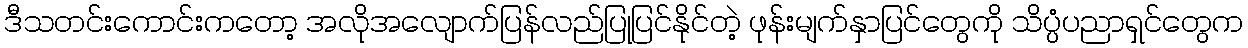
ဒီသတင်းကောင်းကတော့ အလိုအလျောက်ပြန်လည်ပြုပြင်နိုင်တဲ့ ဖုန်းမျက်နှာပြင်တွေကို သိပ္ပံပညာရှင်တွေက